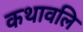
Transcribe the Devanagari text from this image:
कथावलि